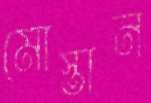
মোস্তান